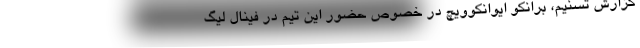
گزارش تسنیم، برانکو ایوانکوویچ در خصوص حضور این تیم در فینال لیگ